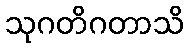
သုဂတိဂတာသိ